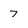
Character: 7